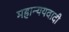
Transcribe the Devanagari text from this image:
महान्ययवादी